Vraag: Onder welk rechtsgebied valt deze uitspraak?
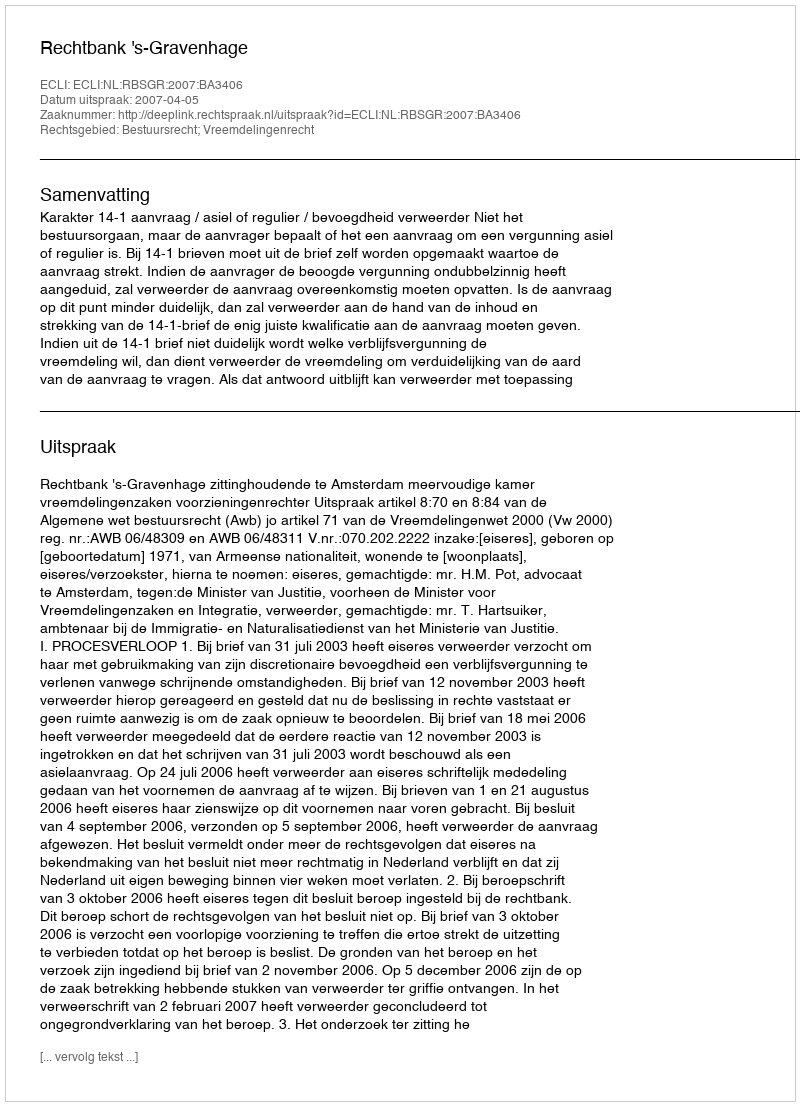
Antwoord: Bestuursrecht; Vreemdelingenrecht